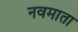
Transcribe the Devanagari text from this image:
नवमाता